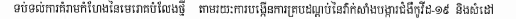
ទប់ទល់ការគំរាមកំហែងនៃមេរោគបំលែងថ្មី តាមរយៈការបង្កើនការគ្របដណ្ដប់នៃវ៉ាក់សាំងបង្ការជំងឺកូវីដ-១៩ និងសំដៅ